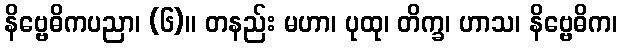
နိဗ္ဗေဓိကပညာ၊ (၆)။ တနည်း မဟာ၊ ပုထု၊ တိက္ခ၊ ဟာသ၊ နိဗ္ဗေဓိက၊